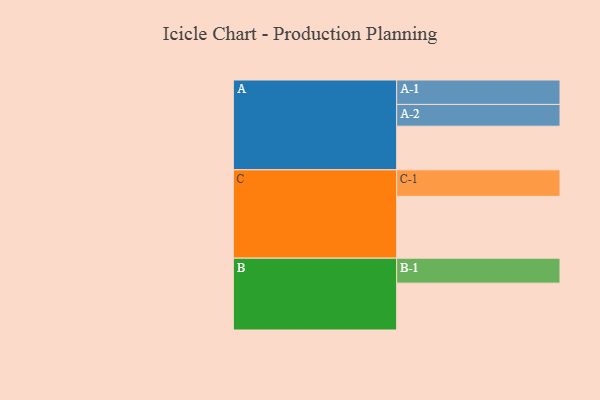
{"axis": {"x": "Segment", "y": "Value"}, "legend": ["", "A", "B", "C"], "data": [{"x": "A", "y": 332, "type": ""}, {"x": "B", "y": 357, "type": ""}, {"x": "C", "y": 471, "type": ""}, {"x": "A-1", "y": 186, "type": "A"}, {"x": "A-2", "y": 166, "type": "A"}, {"x": "B-1", "y": 190, "type": "B"}, {"x": "C-1", "y": 202, "type": "C"}]}